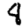
Digit: 8